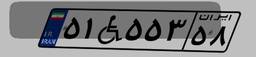
۵۱W۵۵۳۵۸